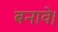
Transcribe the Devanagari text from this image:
बनावे।